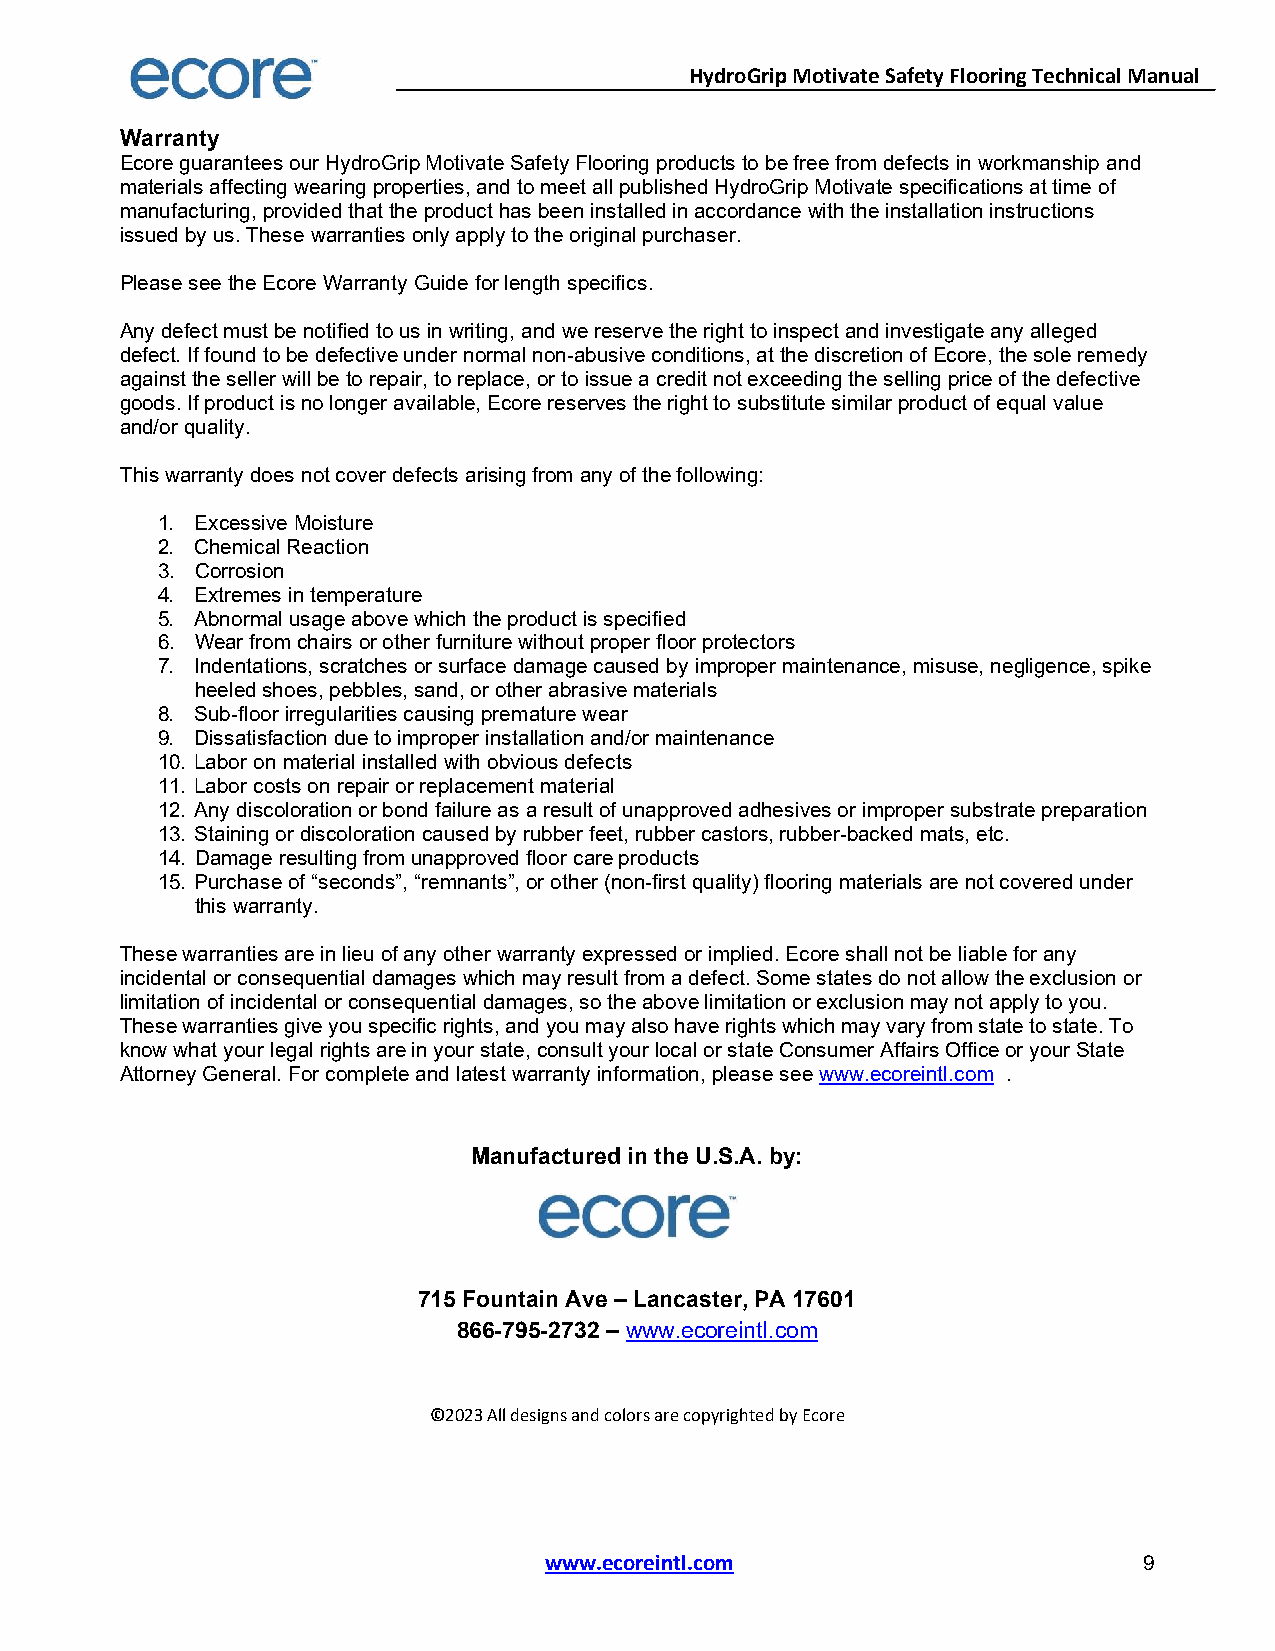
HydroGrip Motivate Safety Flooring Technical Manual
 Warranty
 Ecore guarantees our HydroGrip Motivate Safety Flooring products to be free from defects in workmanship and
 materials affecting wearing properties, and to meet all published HydroGrip Motivate specifications at time of
 manufacturing, provided that the product has been installed in accordance with the installation instructions
 issued by us. These warranties only apply to the original purchaser.
 Please see the Ecore Warranty Guide for length specifics.
 Any defect must be notified to us in writing, and we reserve the right to inspect and investigate any alleged
 defect. If found to be defective under normal non-abusive conditions, at the discretion of Ecore, the sole remedy
 against the seller will be to repair, to replace, or to issue a credit not exceeding the selling price of the defective
 goods. If product is no longer available, Ecore reserves the right to substitute similar product of equal value
 and/or quality.
 This warranty does not cover defects arising from any of the following:
 1. Excessive Moisture
 2. Chemical Reaction
 3. Corrosion
 4. Extremes in temperature
 5. Abnormal usage above which the product is specified
 6. Wear from chairs or other furniture without proper floor protectors
 7. Indentations, scratches or surface damage caused by improper maintenance, misuse, negligence, spike
 heeled shoes, pebbles, sand, or other abrasive materials
 8. Sub-floor irregularities causing premature wear
 9. Dissatisfaction due to improper installation and/or maintenance
 10. Labor on material installed with obvious defects
 11. Labor costs on repair or replacement material
 12. Any discoloration or bond failure as a result of unapproved adhesives or improper substrate preparation
 13. Staining or discoloration caused by rubber feet, rubber castors, rubber-backed mats, etc.
 14. Damage resulting from unapproved floor care products
 15. Purchase of “seconds”, “remnants”, or other (non-first quality) flooring materials are not covered under
 this warranty.
 These warranties are in lieu of any other warranty expressed or implied. Ecore shall not be liable for any
 incidental or consequential damages which may result from a defect. Some states do not allow the exclusion or
 limitation of incidental or consequential damages, so the above limitation or exclusion may not apply to you.
 These warranties give you specific rights, and you may also have rights which may vary from state to state. To
 know what your legal rights are in your state, consult your local or state Consumer Affairs Office or your State
 Attorney General. For complete and latest warranty information, please see www.ecoreintl.com .
 Manufactured in the U.S.A. by:
 715 Fountain Ave – Lancaster, PA 17601
 866-795-2732 – www.ecoreintl.com
 ©2023 All designs and colors are copyrighted by Ecore
 www.ecoreintl.com                       9